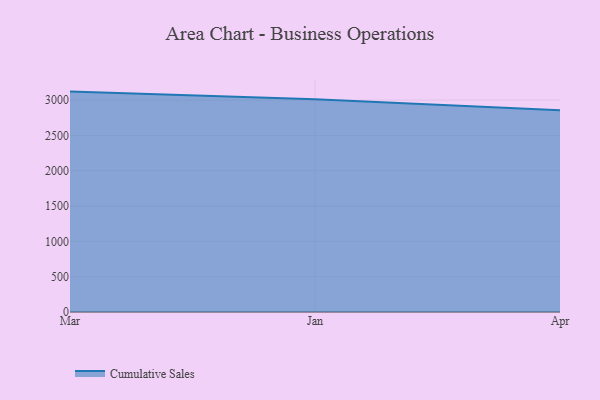
{"axis": {"x": "Month", "y": "Tickets Resolved"}, "legend": ["Cumulative Sales"], "data": [{"x": "Mar", "y": 3120.3, "type": "Cumulative Sales"}, {"x": "Jan", "y": 3011.3, "type": "Cumulative Sales"}, {"x": "Apr", "y": 2856.9, "type": "Cumulative Sales"}]}